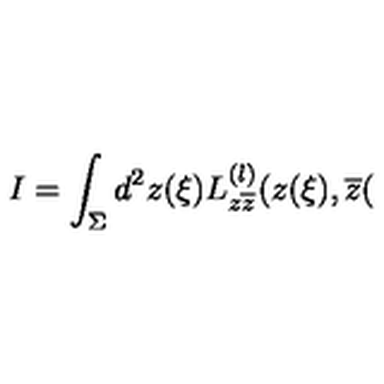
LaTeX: I = \int _ { \Sigma } d ^ { 2 } z ( \xi ) L _ { z \overline { { z } } } ^ { ( l ) } ( z ( \xi ) , \overline { { z } } (